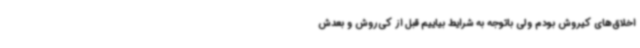
اخلاق‌های کیروش بودم ولی باتوجه به شرایط بیاییم قبل از کی‌روش و بعدش